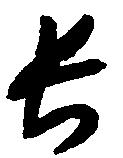
長